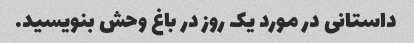
داستانی در مورد یک روز در باغ وحش بنویسید.